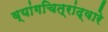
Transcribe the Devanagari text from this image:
व्यांगचित्रांद्वारे